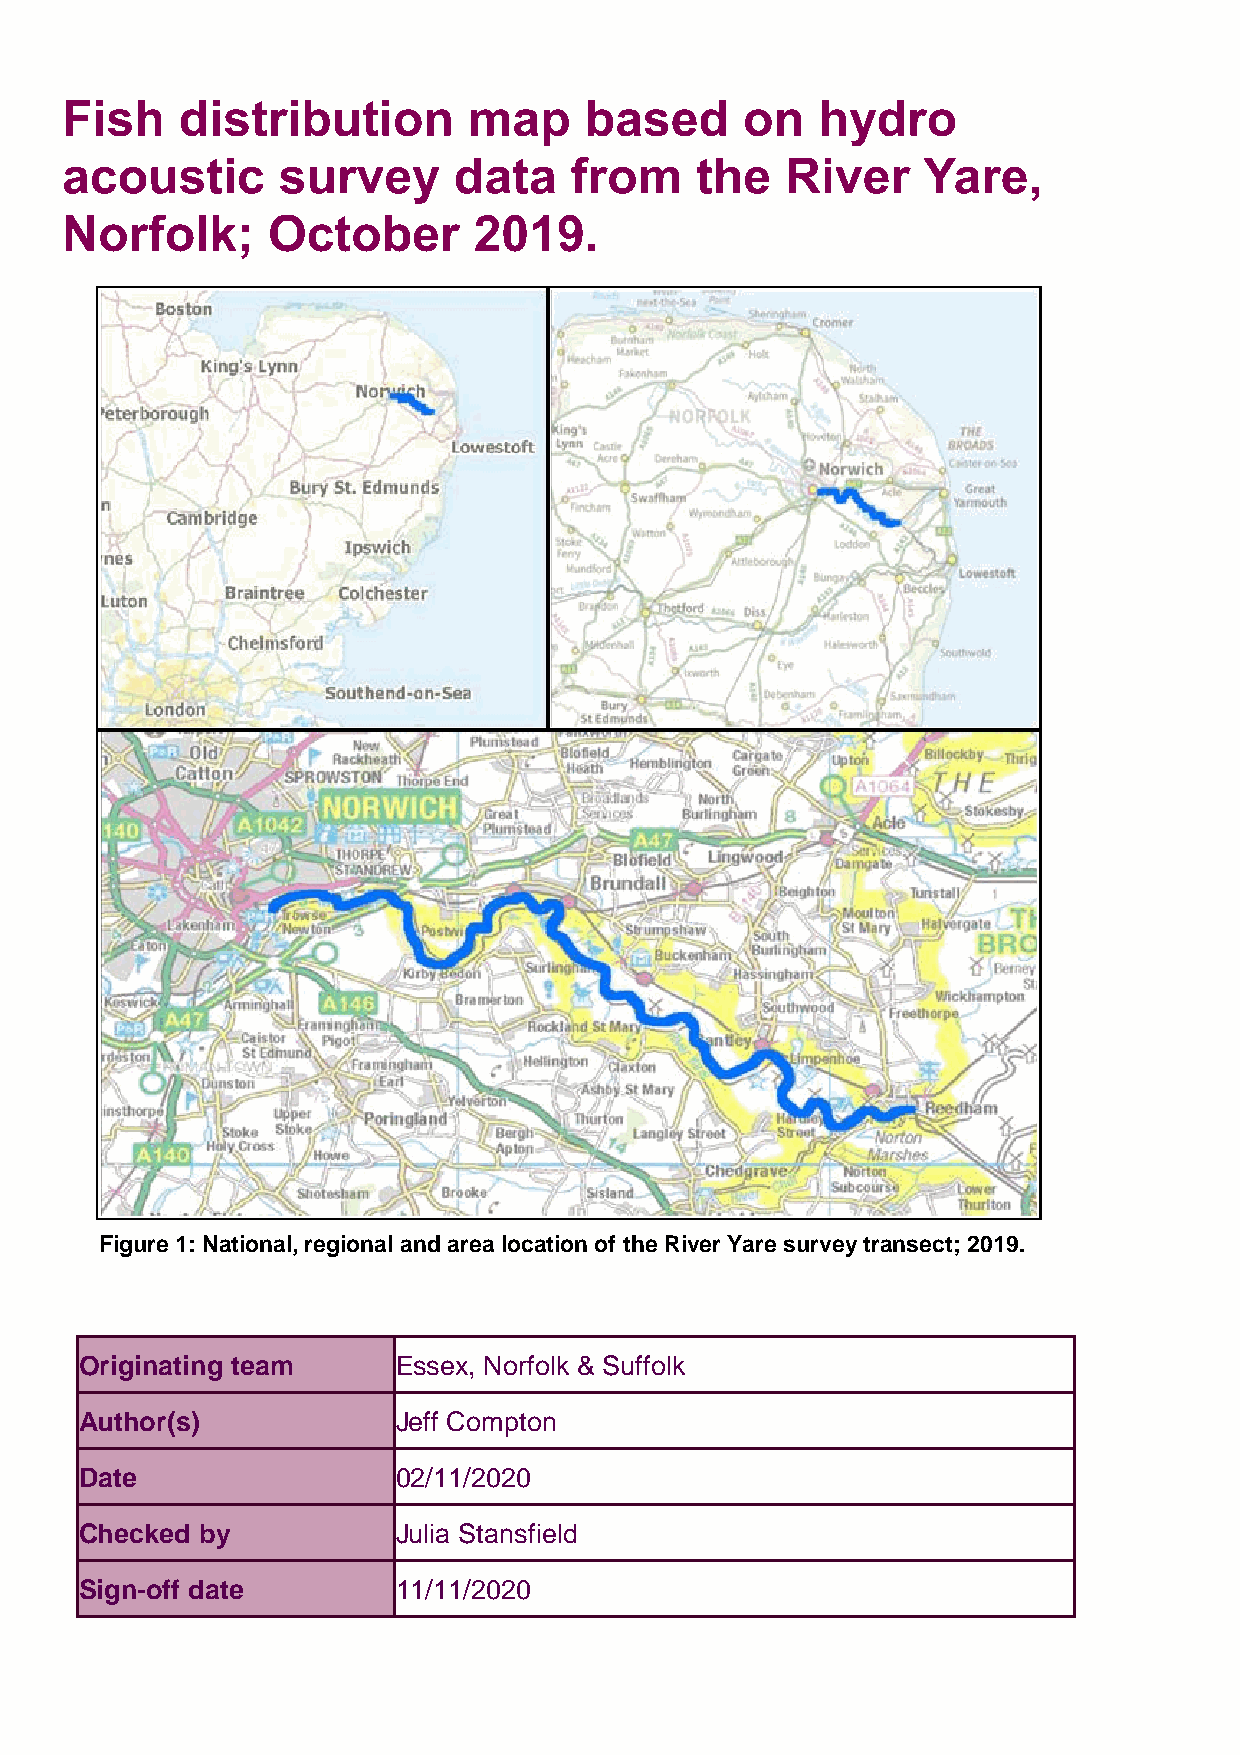
Fish    distribution       map     based     on   hydro
 acoustic      survey      data    from    the   River    Yare,
 Norfolk;      October      2019.
 Figure 1: National, regional and area location of the River Yare survey transect; 2019.
 Originating team     Essex, Norfolk & Suffolk
 Author(s)            Jeff Compton
 Date                 02/11/2020
 Checked by           Julia Stansfield
 Sign-off date        11/11/2020